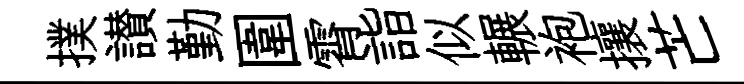
撲讃勤圍霄詣似輾袍攘芒